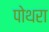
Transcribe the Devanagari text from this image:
पोथरा